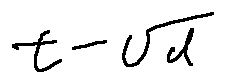
t - \sqrt { d }